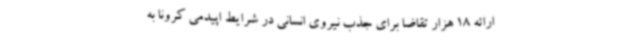
ارائه 18 هزار تقاضا برای جذب نیروی انسانی در شرایط اپیدمی کرونا به